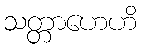
သတ္တာဟေဟိ